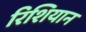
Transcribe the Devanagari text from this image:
रिशियान